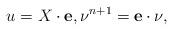
LaTeX: \begin{align*}u=X\cdot \mathbf{e},\nu^{n+1}=\mathbf{e}\cdot\nu,\end{align*}